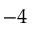
- 4